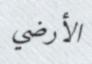
الأرضي